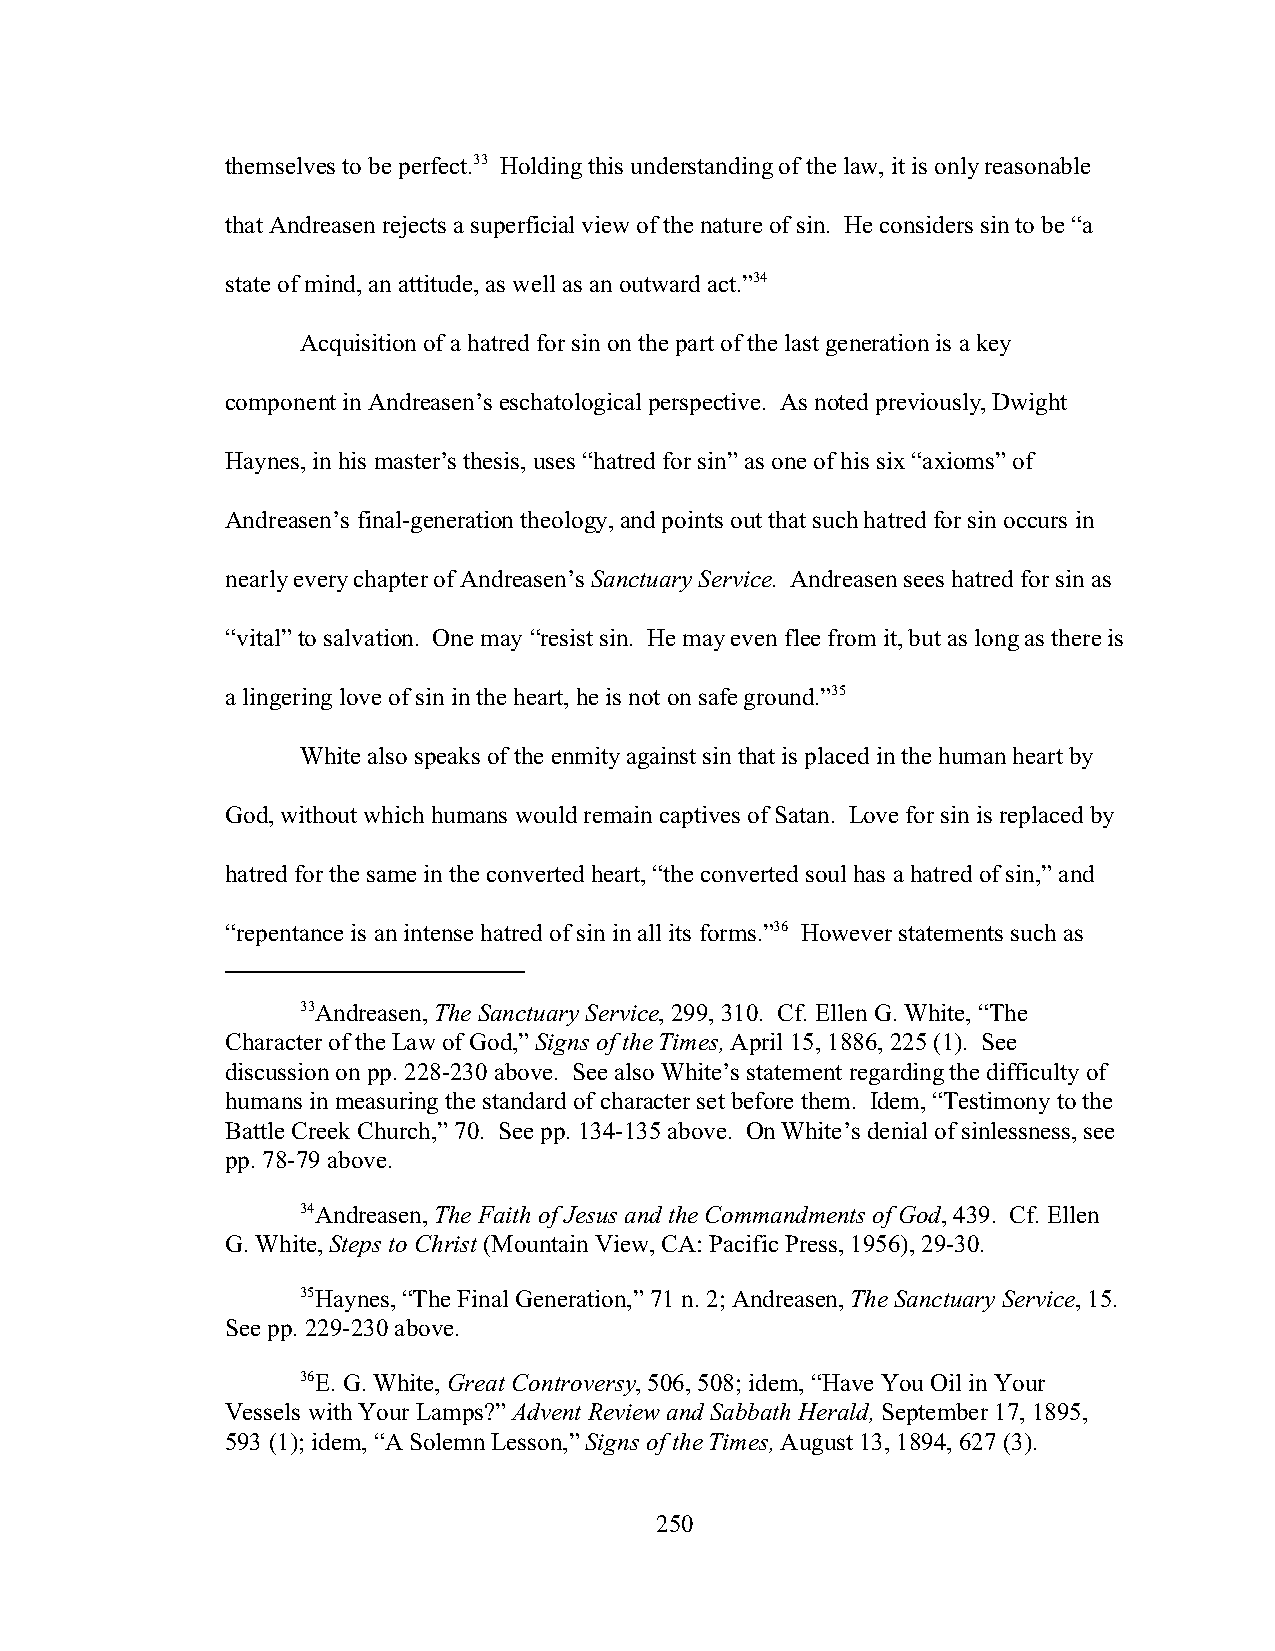
themselves to be perfect.33 Holding this understanding of the law, it is only reasonable
 that Andreasen rejects a superficial view of the nature of sin. He considers sin to be “a
 state of mind, an attitude, as well as an outward act.”34
 Acquisition of a hatred for sin on the part of the last generation is a key
 component in Andreasen’s eschatological perspective. As noted previously, Dwight
 Haynes, in his master’s thesis, uses “hatred for sin” as one of his six “axioms” of
 Andreasen’s final-generation theology, and points out that such hatred for sin occurs in
 nearly every chapter of Andreasen’s Sanctuary Service. Andreasen sees hatred for sin as
 “vital” to salvation. One may “resist sin. He may even flee from it, but as long as there is
 a lingering love of sin in the heart, he is not on safe ground.”35
 White also speaks of the enmity against sin that is placed in the human heart by
 God, without which humans would remain captives of Satan. Love for sin is replaced by
 hatred for the same in the converted heart, “the converted soul has a hatred of sin,” and
 “repentance is an intense hatred of sin in all its forms.”36 However statements such as
 33Andreasen, The Sanctuary Service, 299, 310. Cf. Ellen G. White, “The
 Character of the Law of God,” Signs of the Times, April 15, 1886, 225 (1). See
 discussion on pp. 228-230 above. See also White’s statement regarding the difficulty of
 humans in measuring the standard of character set before them. Idem, “Testimony to the
 Battle Creek Church,” 70. See pp. 134-135 above. On White’s denial of sinlessness, see
 pp. 78-79 above.
 34Andreasen, The Faith of Jesus and the Commandments of God, 439. Cf. Ellen
 G. White, Steps to Christ (Mountain View, CA: Pacific Press, 1956), 29-30.
 35Haynes, “The Final Generation,” 71 n. 2; Andreasen, The Sanctuary Service, 15.
 See pp. 229-230 above.
 36E. G. White, Great Controversy, 506, 508; idem, “Have You Oil in Your
 Vessels with Your Lamps?” Advent Review and Sabbath Herald, September 17, 1895,
 593 (1); idem, “A Solemn Lesson,” Signs of the Times, August 13, 1894, 627 (3).
 250